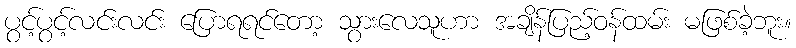
ပွင့်ပွင့်လင်းလင်း ပြောရရင်တော့ သွားလေသူဟာ အချိန်ပြည့်ဝန်ထမ်း မဖြစ်ခဲ့ဘူး။